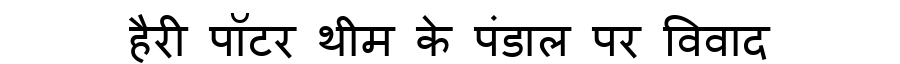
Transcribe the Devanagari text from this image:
हैरी पॉटर थीम के पंडाल पर विवाद